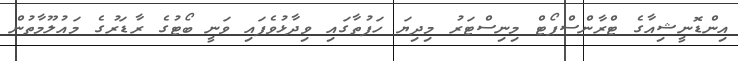
އިންޑޮނީޝިއާގެ ޓްރާންސްޕޯޓް މިނިސްޓަރު މިދިޔަ ހަފުތާގައި ވިދާޅުވެފައި ވަނީ ބޯޓުގެ ރާޑަރުގެ މައުލޫމާތުން